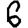
Digit: 6